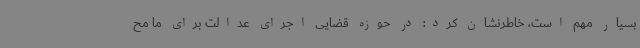
بسیار مهم است، خاطرنشان کرد: در حوزه قضایی اجرای عدالت برای ما مح